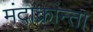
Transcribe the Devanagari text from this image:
मंदाक्रांन्ता